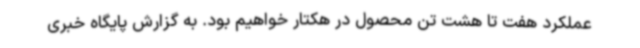
عملکرد هفت تا هشت تن محصول در هکتار خواهیم بود. به گزارش پایگاه خبری